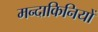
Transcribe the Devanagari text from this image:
मन्दाकिनियों